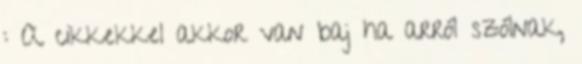
: A cikkekkel akkor van baj ha arról szólnak,